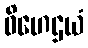
ဝိဟေဌယံ